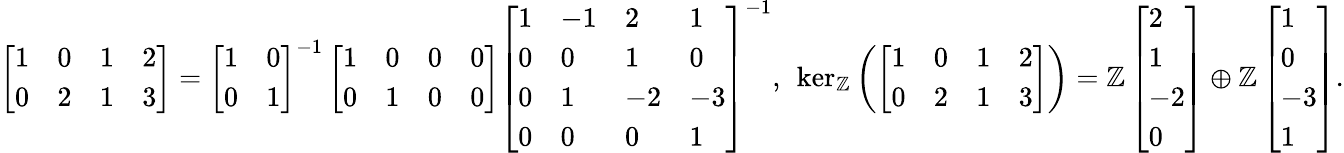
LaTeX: \begin{array}{r}{\left[\begin{array}{llll}{1}&{0}&{1}&{2}\\ {0}&{2}&{1}&{3}\end{array}\right]=\left[\begin{array}{ll}{1}&{0}\\ {0}&{1}\end{array}\right]^{-1}\left[\begin{array}{llll}{1}&{0}&{0}&{0}\\ {0}&{1}&{0}&{0}\end{array}\right]\left[\begin{array}{llll}{1}&{-1}&{2}&{1}\\ {0}&{0}&{1}&{0}\\ {0}&{1}&{-2}&{-3}\\ {0}&{0}&{0}&{1}\end{array}\right]^{-1},\ \ker_{\mathbb{Z}}\left(\left[\begin{array}{llll}{1}&{0}&{1}&{2}\\ {0}&{2}&{1}&{3}\end{array}\right]\right)=\mathbb{Z}\left[\begin{array}{l}{2}\\ {1}\\ {-2}\\ {0}\end{array}\right]\oplus\mathbb{Z}\left[\begin{array}{l}{1}\\ {0}\\ {-3}\\ {1}\end{array}\right].}\end{array}